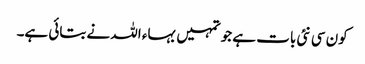
کون سی نئی بات ہے جو تمہیں بہاء اللہ نے بتائی ہے۔